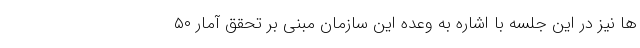
ها نیز در این جلسه با اشاره به وعده این سازمان مبنی بر تحقق آمار ۵۰